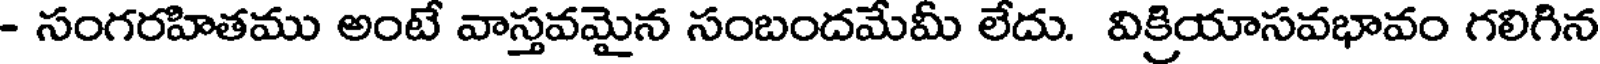
- సంగరహితము అంటే వాస్తవమైన సంబందమేమీ లేదు. విక్రియాసవభావం గలిగిన